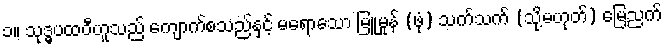
၁။ သုဒ္ဓပထဝီဟူသည် ကျောက်စသည်နှင့် မရောသော မြူမှုန် (ဖုံ) သက်သက် (သို့မဟုတ်) မြေညက်